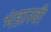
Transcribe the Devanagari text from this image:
भंडारवी